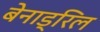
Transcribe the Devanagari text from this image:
बेनाड्रिल